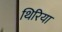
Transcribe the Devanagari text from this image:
थिरिया